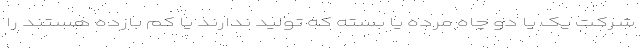
شرکت یک یا دو چاه مرده یا بسته که تولید ندارند یا کم بازده هستند را